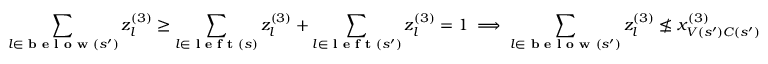
\sum _ { l \in \textbf { b e l o w } ( s ^ { \prime } ) } z _ { l } ^ { ( 3 ) } \geq \sum _ { l \in \textbf { l e f t } ( s ) } z _ { l } ^ { ( 3 ) } + \sum _ { l \in \textbf { l e f t } ( s ^ { \prime } ) } z _ { l } ^ { ( 3 ) } = 1 \implies \sum _ { l \in \textbf { b e l o w } ( s ^ { \prime } ) } z _ { l } ^ { ( 3 ) } \not \leq x _ { V ( s ^ { \prime } ) C ( s ^ { \prime } ) } ^ { ( 3 ) }